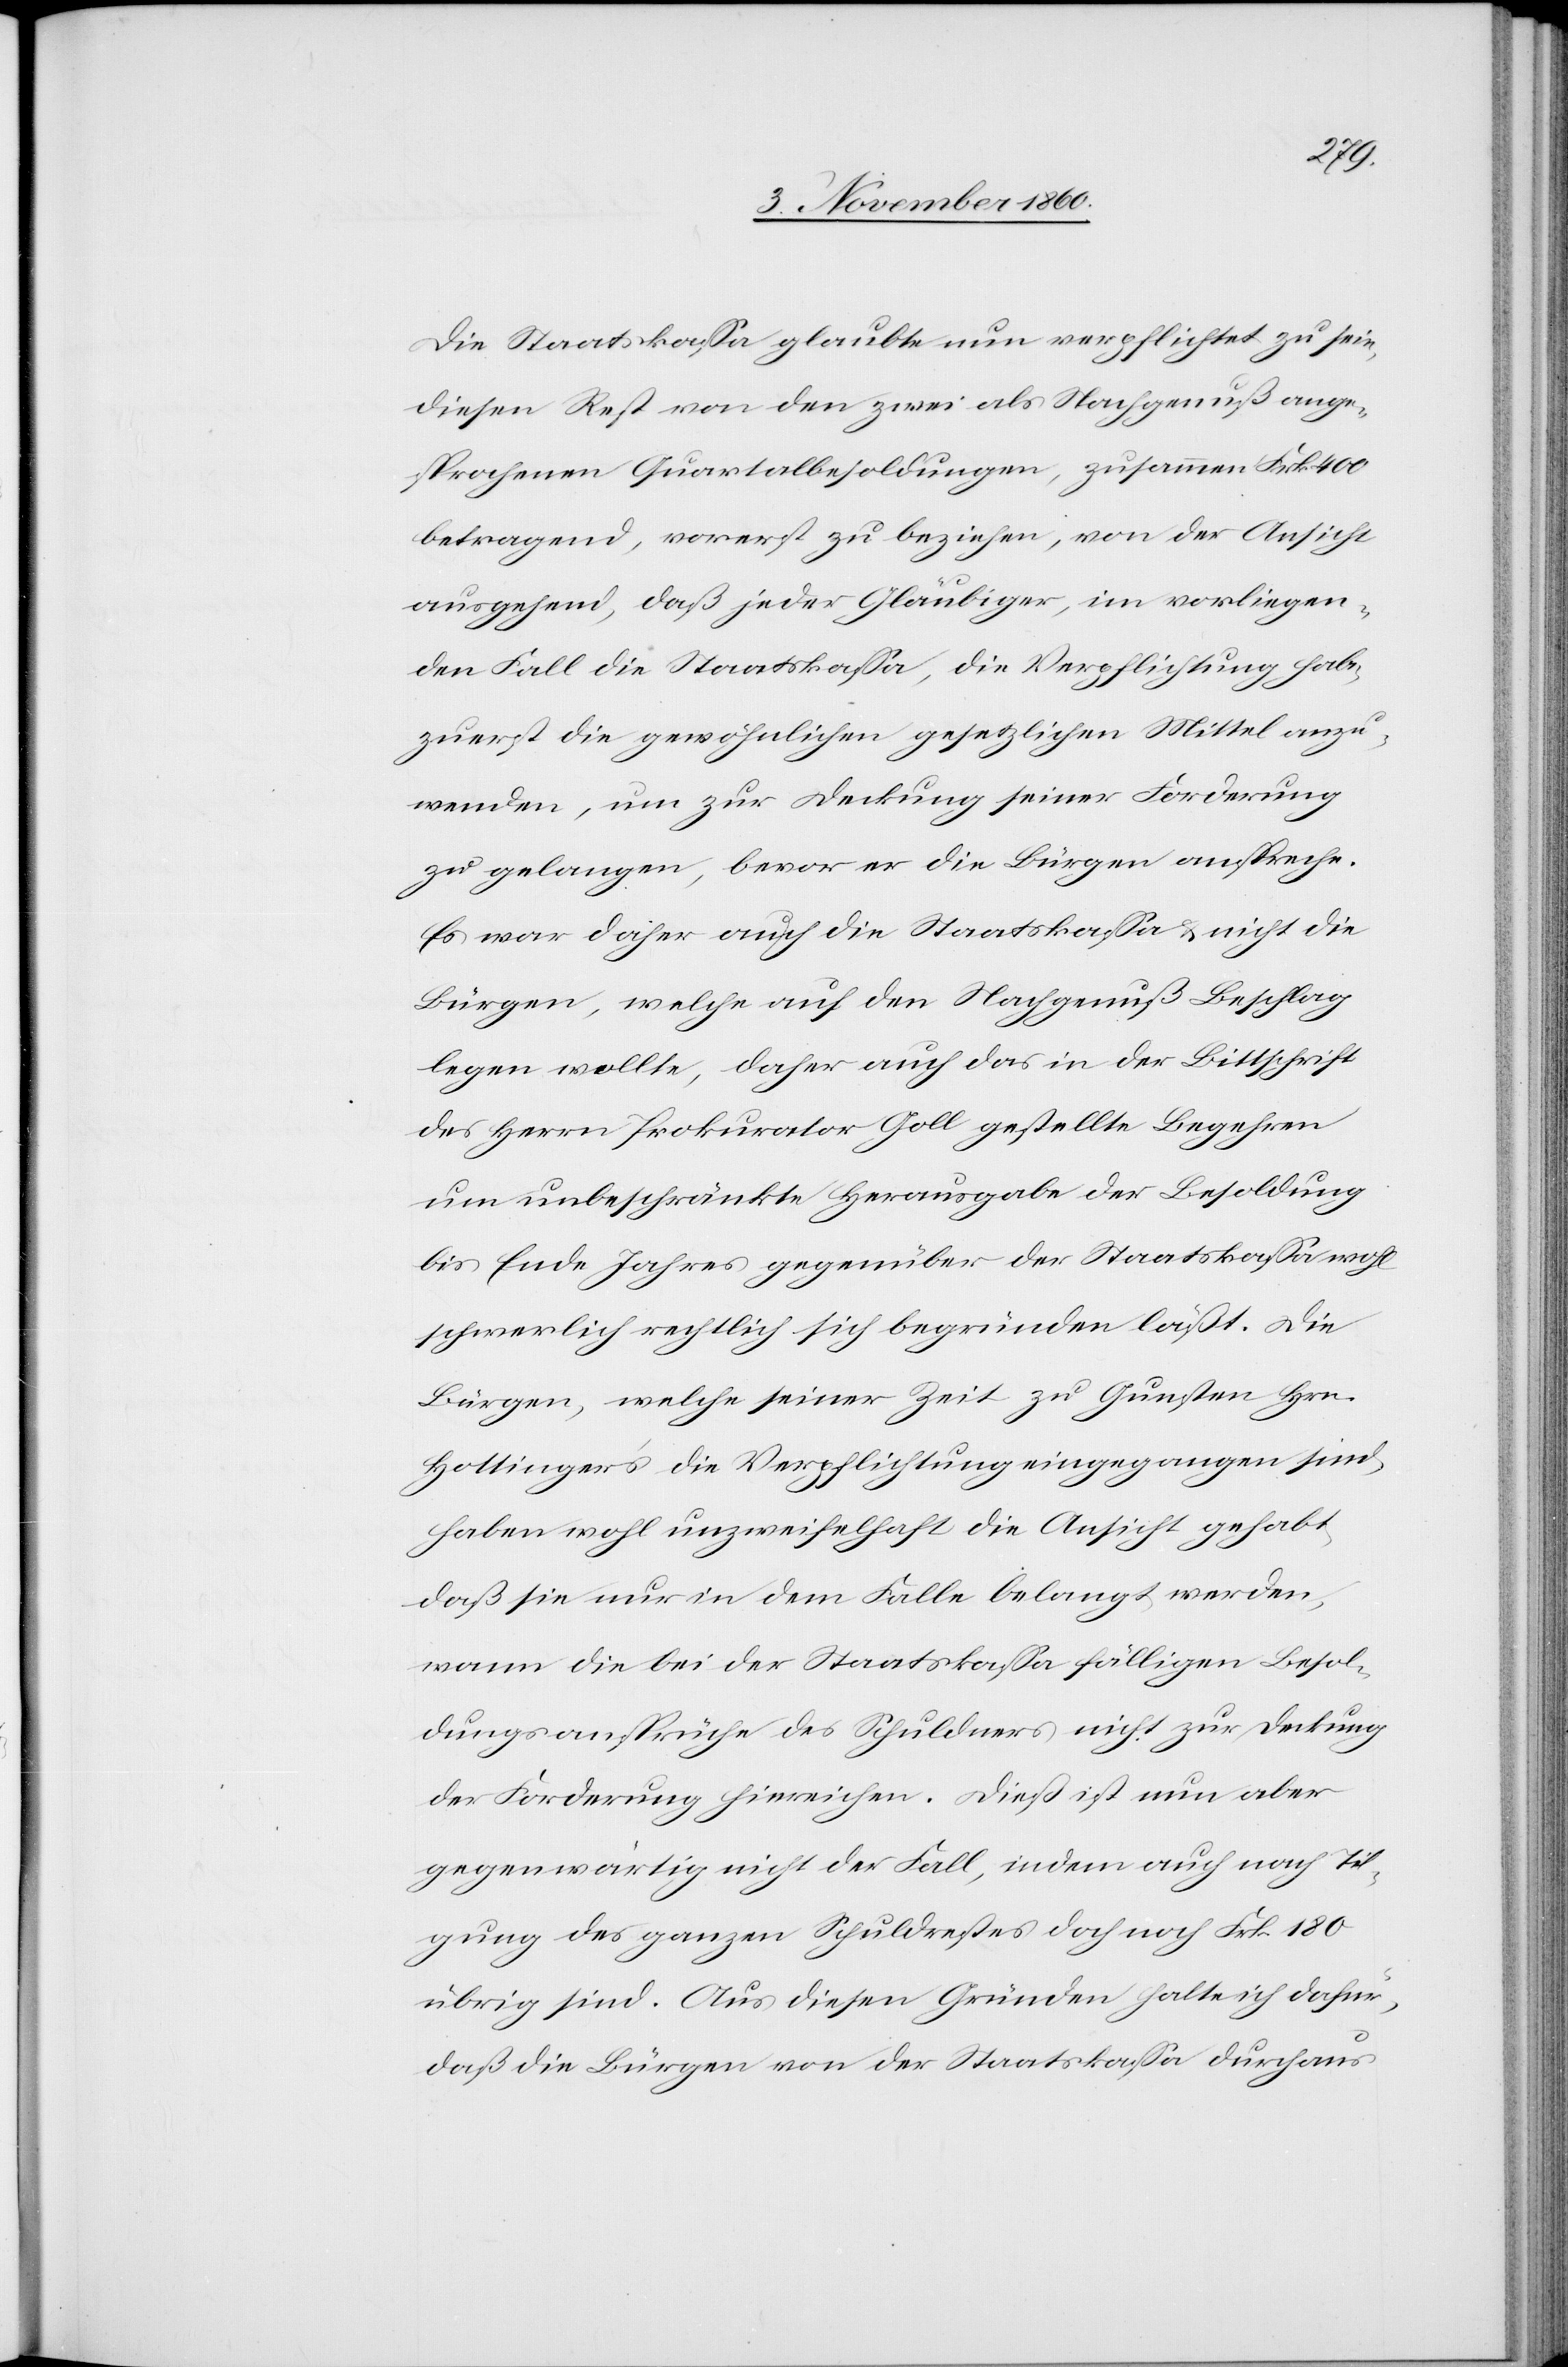
Die Staatskassa glaubte nun verpflichtet zu sein,
diesen Rest von den zwei als Nachgenuß ange¬
sprochenen Quartalbesoldungen, zusammen Frk. 400
betragend, vorerst zu beziehen, von der Ansicht
ausgehend, daß jeder Gläubiger, im vorliegen¬
den Fall die Staatskassa, die Verpflichtung habe,
zuerst die gewöhnlichen gesetzlichen Mittel anzu¬
wenden, um zur Deckung seiner Forderung
zu gelangen, bevor er die Bürgen anspreche.
Es war daher auch die Staatkassa u. nicht die
Bürgen, welche auf den Nachgenuß Beschlag
legen wollten, daher auch das in der Bittschrift
des Herrn Prokurator Goll gestellte Begehren
um unbeschränkte Herausgabe der Besoldung
bis Ende Jahres gegenüber der Staatskassa wohl
schwerlich rechtlich sich begründen läßt. Die
Bürgen, welche seiner Zeit zu Gunsten Hrn.
Hottinger’s die Verpflichtung eingegangen sind,
haben wohl unzweifelhaft die Ansicht gehabt,
daß sie nur in dem Falle belangt werden,
wann die bei der Staatskassa fälligen Besol¬
dungsansprüche des Schuldners nicht zur Deckung
der Forderung hinreichen. Dieß ist nun aber
gegenwärtig nicht der Fall, indem auch nach Til¬
gung des ganzen Schuldrestes doch noch Frk. 180
übrig sind. Aus diesen Gründen halte ich dafür,
daß die Bürgen von der Staatskassa durchaus